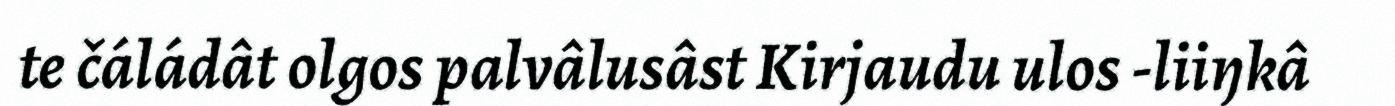
te čáládât olgos palvâlusâst Kirjaudu ulos -liiŋkâ